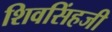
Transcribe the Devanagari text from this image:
शिवसिंहजी